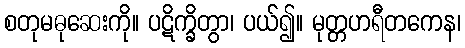
စတုမဓုဆေးကို။ ပဋိက္ခိတွာ၊ ပယ်၍။ မုတ္တဟရီတကေန၊